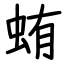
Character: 蛕